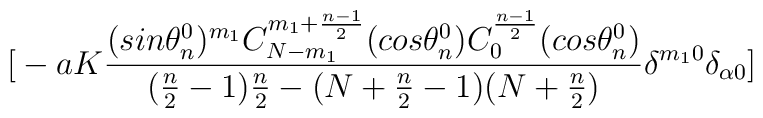
\big{[}-aK\frac{(sin{\theta_n^0})^{m_1}C_{N-m_1}^{m_1+\frac{n-1}{2}}(cos{\theta_n^0})C_{0}^{\frac{n-1}{2}}(cos{\theta_n^0})}{(\frac{n}{2}-1)\frac{n}{2} - (N+\frac{n}{2}-1)(N+\frac{n}{2})}\delta^{m_10}\delta_{\alpha 0}\big{]}